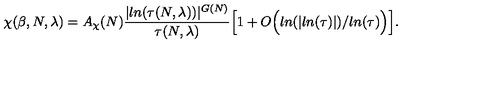
\chi ( \beta , N , \lambda ) = A _ { \chi } ( N ) \frac { \vert l n ( \tau ( N , \lambda ) ) \vert ^ { G ( N ) } } { \tau ( N , \lambda ) } \Big [ 1 + O \Big ( l n ( \vert l n ( \tau ) \vert ) / l n ( \tau ) \Big ) \Big ] .